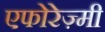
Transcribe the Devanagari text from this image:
एफोरेज़्मी